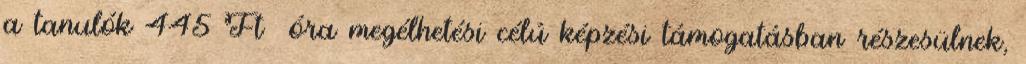
a tanulók 445 Ft óra megélhetési célú képzési támogatásban részesülnek,